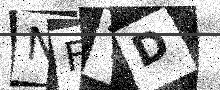
Text: NFTD